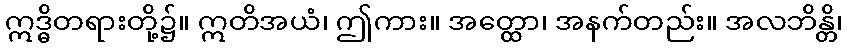
ဣဒ္ဓိတရားတို့၌။ ဣတိအယံ၊ ဤကား။ အတ္ထော၊ အနက်တည်း။ အလဘိန္တိ၊